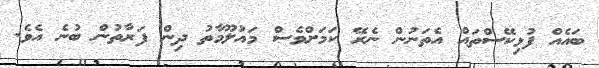
ބައެއް ފުޅިކޭސްތައް އެތަނުން ނެރޭ ކަމަށްވެސް މައުލޫމާތު ދިން ފަރާތުން ބުނެ އެވެ.